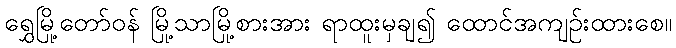
ရွှေမြို့တော်ဝန် မြို့သာမြို့စားအား ရာထူးမှချ၍ ထောင်အကျဉ်းထားစေ။